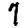
Digit: 7